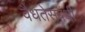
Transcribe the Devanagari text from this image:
वैधतेसंबंधी